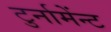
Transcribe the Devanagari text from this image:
टुर्नामेंन्ट